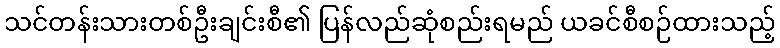
သင်တန်းသားတစ်ဦးချင်းစီ၏ ပြန်လည်ဆုံစည်းရမည် ယခင်စီစဉ်ထားသည့်